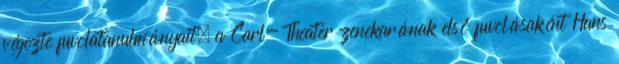
végezte fuvolatanulmányait, a Carl- Theater zenekarának első fuvolásaként Hans